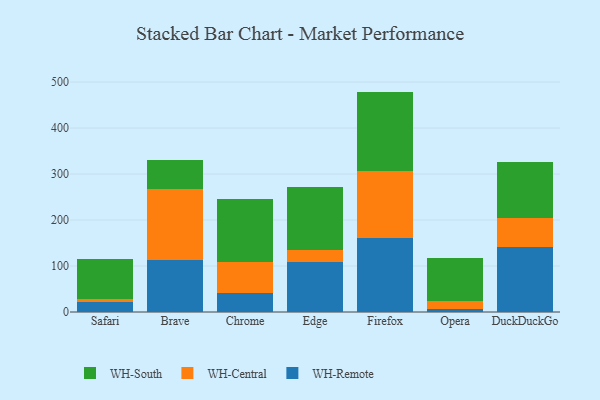
{"axis": {"x": "Browser", "y": "Budget (USD K)"}, "legend": ["WH-Central", "WH-Remote", "WH-South"], "data": [{"x": "Safari", "y": 21.8, "type": "WH-Remote"}, {"x": "Safari", "y": 5.8, "type": "WH-Central"}, {"x": "Safari", "y": 86.8, "type": "WH-South"}, {"x": "Brave", "y": 113.3, "type": "WH-Remote"}, {"x": "Brave", "y": 153.9, "type": "WH-Central"}, {"x": "Brave", "y": 63.3, "type": "WH-South"}, {"x": "Chrome", "y": 40.5, "type": "WH-Remote"}, {"x": "Chrome", "y": 67.2, "type": "WH-Central"}, {"x": "Chrome", "y": 137.9, "type": "WH-South"}, {"x": "Edge", "y": 108.7, "type": "WH-Remote"}, {"x": "Edge", "y": 26.0, "type": "WH-Central"}, {"x": "Edge", "y": 137.4, "type": "WH-South"}, {"x": "Firefox", "y": 160.1, "type": "WH-Remote"}, {"x": "Firefox", "y": 147.3, "type": "WH-Central"}, {"x": "Firefox", "y": 171.8, "type": "WH-South"}, {"x": "Opera", "y": 6.1, "type": "WH-Remote"}, {"x": "Opera", "y": 16.9, "type": "WH-Central"}, {"x": "Opera", "y": 94.2, "type": "WH-South"}, {"x": "DuckDuckGo", "y": 140.4, "type": "WH-Remote"}, {"x": "DuckDuckGo", "y": 64.8, "type": "WH-Central"}, {"x": "DuckDuckGo", "y": 120.5, "type": "WH-South"}]}